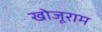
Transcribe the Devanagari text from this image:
खोजूराम